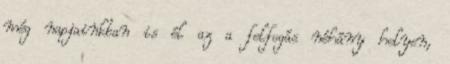
még napjainkban is él az a felfogás néhány helyen,